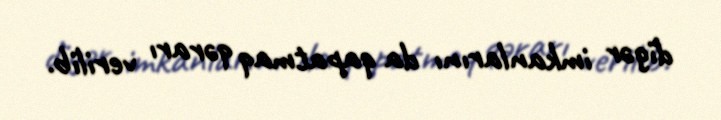
digər imkanlarını da qapatmaq qərarı verilib.